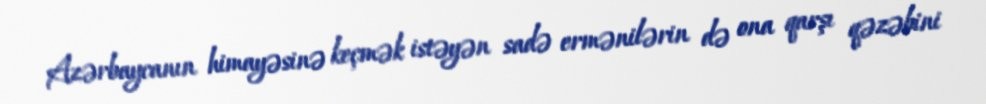
Azərbaycanın himayəsinə keçmək istəyən sadə ermənilərin də ona qarşı qəzəbini